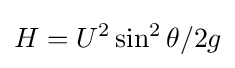
H=U^{2}\sin ^{2}\theta /2g